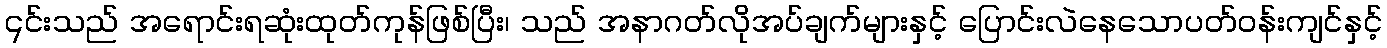
၎င်းသည် အရောင်းရဆုံးထုတ်ကုန်ဖြစ်ပြီး၊ သည် အနာဂတ်လိုအပ်ချက်များနှင့် ပြောင်းလဲနေသောပတ်ဝန်းကျင်နှင့်